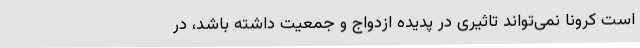
است کرونا نمی‌تواند تاثیری در پدیده ازدواج و جمعیت داشته باشد، در